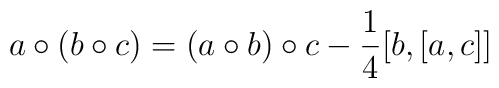
a\circ (b\circ c)=(a\circ b)\circ c-\frac{1}{4}[b, [a,c]]